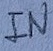
Text: IN